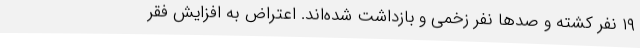
۱۹ نفر کشته و صدها نفر زخمی و بازداشت شده‌اند. اعتراض به افزایش فقر